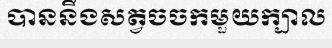
បាននឹងសត្វចចកមួយក្បាល